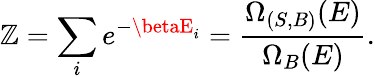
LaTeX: \mathbb{Z}=\sum_{i}e^{-\betaE_{i}}={\frac{{\Omega_{(S,B)}(E)}}{{\Omega_{B}(E)}}}.